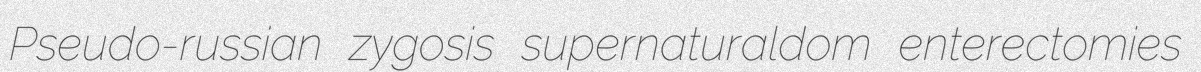
Pseudo-russian zygosis supernaturaldom enterectomies